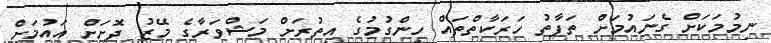
ނިމުމަކަށް ގެނައުމަށް ތަފާތު ހަރަކާތްތައް ހިންގުމުގެ އިތުރަށް މަޝްވަރާގެ މޭޒު ދޮށަށް އައުމަށް